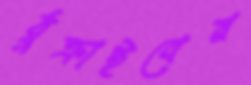
ঠুক্‌রাইবেন